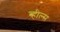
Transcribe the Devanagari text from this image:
व्‍हील्‍स